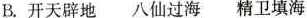
B.开天辟地 八仙过海 精卫填海